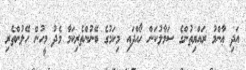
އަދި ޢާންމު ރައްޔިތުންގެ ސަމާލުކަން ހޯއްދައި މިކަމުގެ ބޭނުންތެރިކަމާ މެދު މީހުން ހޭލުންތެރި